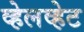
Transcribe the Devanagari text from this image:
व्हेलव्हेट